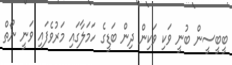
ބީބީސީން ބުނީ ވަކި ވަކިން ދިން ބަޑީގެ ހަމަލާގައި މަރުވެފައި ވަނީ ނޯތް